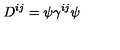
D ^ { i j } = \psi \gamma ^ { i j } \psi